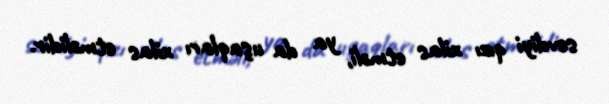
sevdiyi qızı xilas etməli, ya da uşaqları xilas etməlidir.